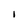
Character: I